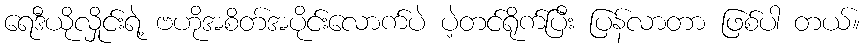
ရေဒီယိုလှိုင်းရဲ့ ဗဟိုအစိတ်အပိုင်းလောက်ပဲ ပဲ့တင်ရိုက်ပြီး ပြန်လာတာ ဖြစ်ပါ တယ်။